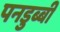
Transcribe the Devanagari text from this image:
पनडुब्‍बी